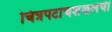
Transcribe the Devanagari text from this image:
चित्रपटांचशंखलेची